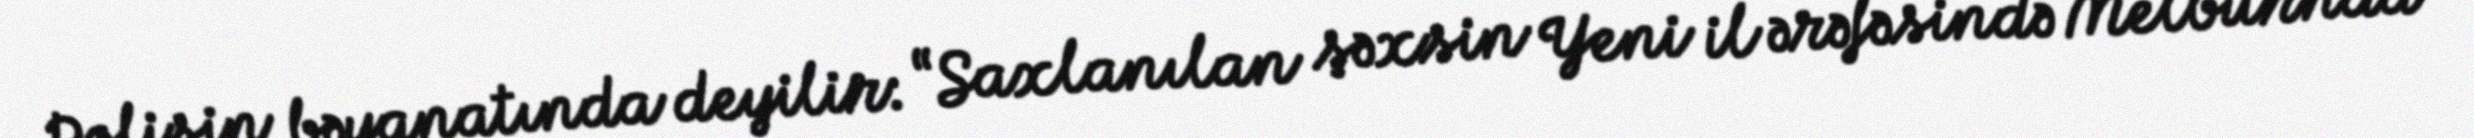
Polisin bəyanatında deyilir: “Saxlanılan şəxsin Yeni il ərəfəsində Melburnda